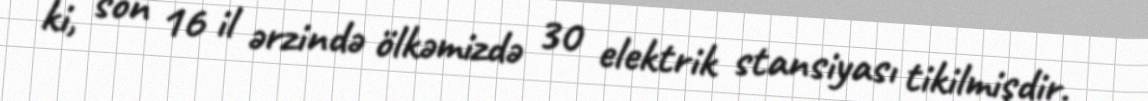
ki, son 16 il ərzində ölkəmizdə 30 elektrik stansiyası tikilmişdir.